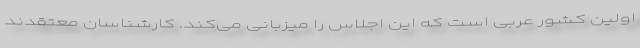
اولین کشور عربی است که این اجلاس را میزبانی می‌کند. کارشناسان معتقدند